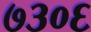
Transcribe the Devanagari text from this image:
७३०६